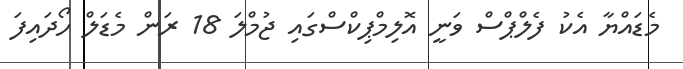
މެޑައްޔާ އެކު ފެލްޕްސް ވަނީ އޮލިމްޕިކްސްގައި ޖުމްލަ 18 ރަން މެޑަލް ހޯދައިފަ